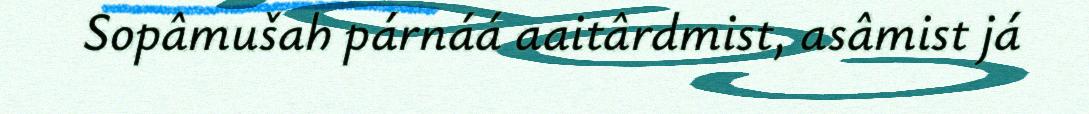
Sopâmušah párnáá aaitârdmist, asâmist já